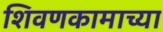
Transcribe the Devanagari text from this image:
शिवणकामाच्या